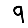
Digit: 9